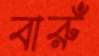
বারুঁ